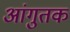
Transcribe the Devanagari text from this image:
आंगुतक